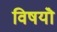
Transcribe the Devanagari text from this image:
विषयॊं